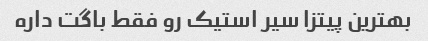
بهترین پیتزا سیر استیک رو فقط باگت داره